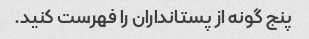
پنج گونه از پستانداران را فهرست کنید.